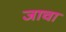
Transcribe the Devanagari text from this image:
जाचा